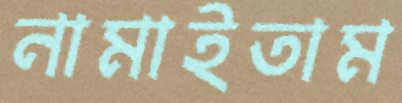
নামাইতাম